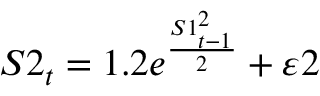
S 2 _ { t } = 1 . 2 e ^ { \frac { S 1 _ { t - 1 } ^ { 2 } } { 2 } } + \varepsilon 2